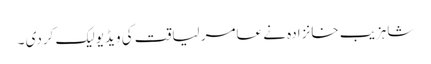
شاہزیب خانزادہ نے عامر لیاقت کی ویڈیو لیک کردی ۔